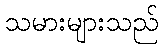
သမားများသည်